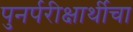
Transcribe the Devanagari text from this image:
पुनर्परीक्षार्थीचा